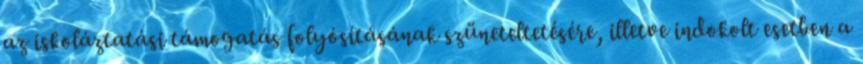
az iskoláztatási támogatás folyósításának szüneteltetésére, illetve indokolt esetben a